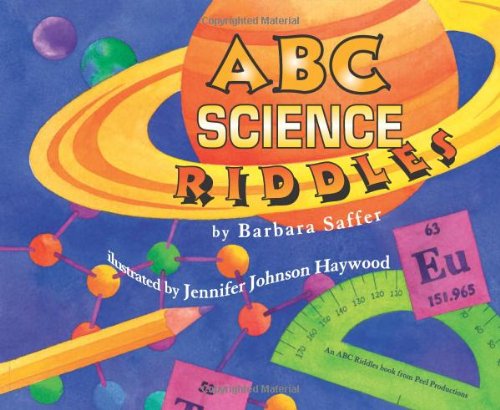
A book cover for ABC Science Riddles; Barbara Saffer; Humor & Entertainment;